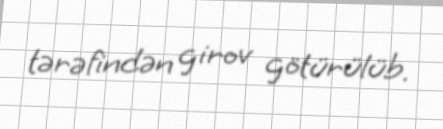
tərəfindən girov götürülüb.